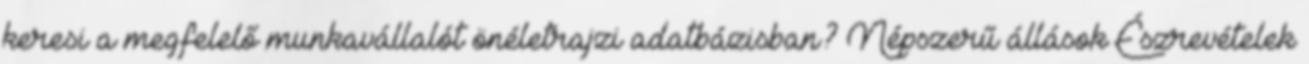
keresi a megfelelő munkavállalót önéletrajzi adatbázisban? Népszerű állások Észrevételek